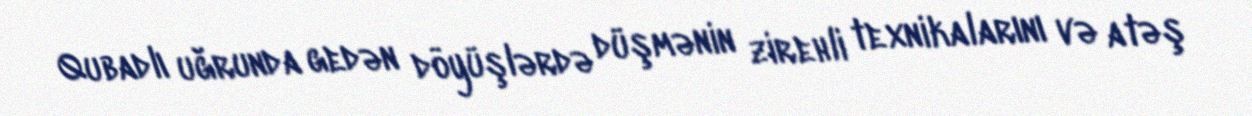
Qubadlı uğrunda gedən döyüşlərdə düşmənin zirehli texnikalarını və atəş